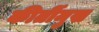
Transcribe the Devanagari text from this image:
कीर्तीमुख